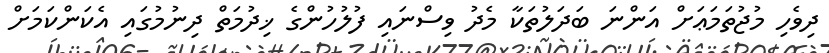
ދިވެހި މުޖުތަމަޢަށް އަންނަ ބަދަލުތަކާ މެދު ވިސްނައި ފުލުހުންގެ ޚިދުމަތް ދިނުމުގައި އެކަންކަމަށް